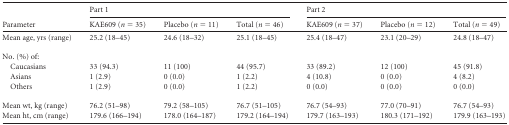
<table><thead><tr><td rowspan="2"><b>Parameter</b></td><td colspan="3"><b>Part 1</b></td><td colspan="3"><b>Part 2</b></td></tr><tr><td><b>KAE609 (<i>n</i> = 35)</b></td><td><b>Placebo (<i>n</i> = 11)</b></td><td><b>Total (<i>n</i> = 46)</b></td><td><b>KAE609 (<i>n</i> = 37)</b></td><td><b>Placebo (<i>n</i> = 12)</b></td><td><b>Total (<i>n</i> = 49)</b></td></tr></thead><tbody><tr><td>Mean age, yrs (range)</td><td>25.2 (18–45)</td><td>24.6 (18–32)</td><td>25.1 (18–45)</td><td>25.4 (18–47)</td><td>23.1 (20–29)</td><td>24.8 (18–47)</td></tr><tr><td>No. (%) of:</td><td></td><td></td><td></td><td></td><td></td><td></td></tr><tr><td>Caucasians</td><td>33 (94.3)</td><td>11 (100)</td><td>44 (95.7)</td><td>33 (89.2)</td><td>12 (100)</td><td>45 (91.8)</td></tr><tr><td>Asians</td><td>1 (2.9)</td><td>0 (0.0)</td><td>1 (2.2)</td><td>4 (10.8)</td><td>0 (0.0)</td><td>4 (8.2)</td></tr><tr><td>Others</td><td>1 (2.9)</td><td>0 (0.0)</td><td>1 (2.2)</td><td>0 (0.0)</td><td>0 (0.0)</td><td>0 (0.0)</td></tr><tr><td>Mean wt, kg (range)</td><td>76.2 (51–98)</td><td>79.2 (58–105)</td><td>76.7 (51–105)</td><td>76.7 (54–93)</td><td>77.0 (70–91)</td><td>76.7 (54–93)</td></tr><tr><td>Mean ht, cm (range)</td><td>179.6 (166–194)</td><td>178.0 (164–187)</td><td>179.2 (164–194)</td><td>179.7 (163–193)</td><td>180.3 (171–192)</td><td>179.9 (163–193)</td></tr></tbody></table>